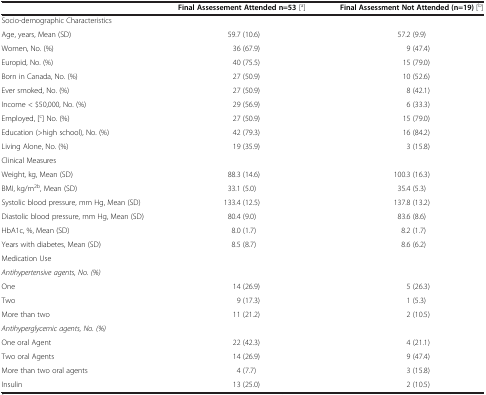
<table><thead><tr><td><b> </b></td><td><b>Final Assessement Attended n=53 [<sup>a</sup>]</b></td><td><b>Final Assessment Not Attended (n=19) [<sup>b</sup>]</b></td></tr></thead><tbody><tr><td>Socio-demographic Characteristics</td><td> </td><td> </td></tr><tr><td>Age, years, Mean (SD)</td><td>59.7 (10.6)</td><td>57.2 (9.9)</td></tr><tr><td>Women, No. (%)</td><td>36 (67.9)</td><td>9 (47.4)</td></tr><tr><td>Europid, No. (%)</td><td>40 (75.5)</td><td>15 (79.0)</td></tr><tr><td>Born in Canada, No. (%)</td><td>27 (50.9)</td><td>10 (52.6)</td></tr><tr><td>Ever smoked, No. (%)</td><td>27 (50.9)</td><td>8 (42.1)</td></tr><tr><td>Income &lt; $50,000, No. (%)</td><td>29 (56.9)</td><td>6 (33.3)</td></tr><tr><td>Employed, [<sup>c</sup>] No. (%)</td><td>27 (50.9)</td><td>15 (79.0)</td></tr><tr><td>Education (&gt;high school), No. (%)</td><td>42 (79.3)</td><td>16 (84.2)</td></tr><tr><td>Living Alone, No. (%)</td><td>19 (35.9)</td><td>3 (15.8)</td></tr><tr><td>Clinical Measures</td><td> </td><td> </td></tr><tr><td>Weight, kg, Mean (SD)</td><td>88.3 (14.6)</td><td>100.3 (16.3)</td></tr><tr><td>BMI, kg/m<sup>2b</sup>, Mean (SD)</td><td>33.1 (5.0)</td><td>35.4 (5.3)</td></tr><tr><td>Systolic blood pressure, mm Hg, Mean (SD)</td><td>133.4 (12.5)</td><td>137.8 (13.2)</td></tr><tr><td>Diastolic blood pressure, mm Hg, Mean (SD)</td><td>80.4 (9.0)</td><td>83.6 (8.6)</td></tr><tr><td>HbA1c, %, Mean (SD)</td><td>8.0 (1.7)</td><td>8.2 (1.7)</td></tr><tr><td>Years with diabetes, Mean (SD)</td><td>8.5 (8.7)</td><td>8.6 (6.2)</td></tr><tr><td>Medication Use</td><td> </td><td> </td></tr><tr><td><i>Antihypertensive agents, No. (%)</i></td><td> </td><td> </td></tr><tr><td>One</td><td>14 (26.9)</td><td>5 (26.3)</td></tr><tr><td>Two</td><td>9 (17.3)</td><td>1 (5.3)</td></tr><tr><td>More than two</td><td>11 (21.2)</td><td>2 (10.5)</td></tr><tr><td><i>Antihyperglycemic agents, No. (%)</i></td><td> </td><td> </td></tr><tr><td>One oral Agent</td><td>22 (42.3)</td><td>4 (21.1)</td></tr><tr><td>Two oral Agents</td><td>14 (26.9)</td><td>9 (47.4)</td></tr><tr><td>More than two oral agents</td><td>4 (7.7)</td><td>3 (15.8)</td></tr><tr><td>Insulin</td><td>13 (25.0)</td><td>2 (10.5)</td></tr></tbody></table>